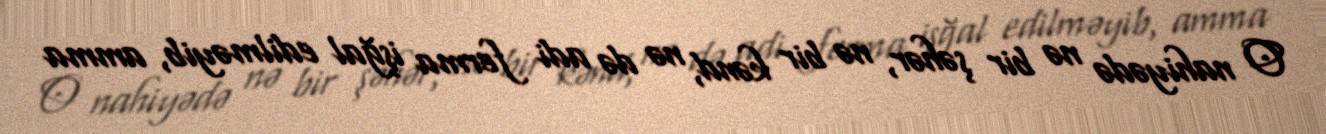
O nahiyədə nə bir şəhər, nə bir kənd, nə də adi ferma işğal edilməyib, amma